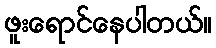
ဖူးရောင်နေပါတယ်။